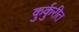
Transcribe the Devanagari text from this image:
कुर्कुरीत